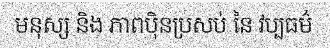
មនុស្ស និង ភាពប៉ិនប្រសប់ នៃ វប្បធម៌